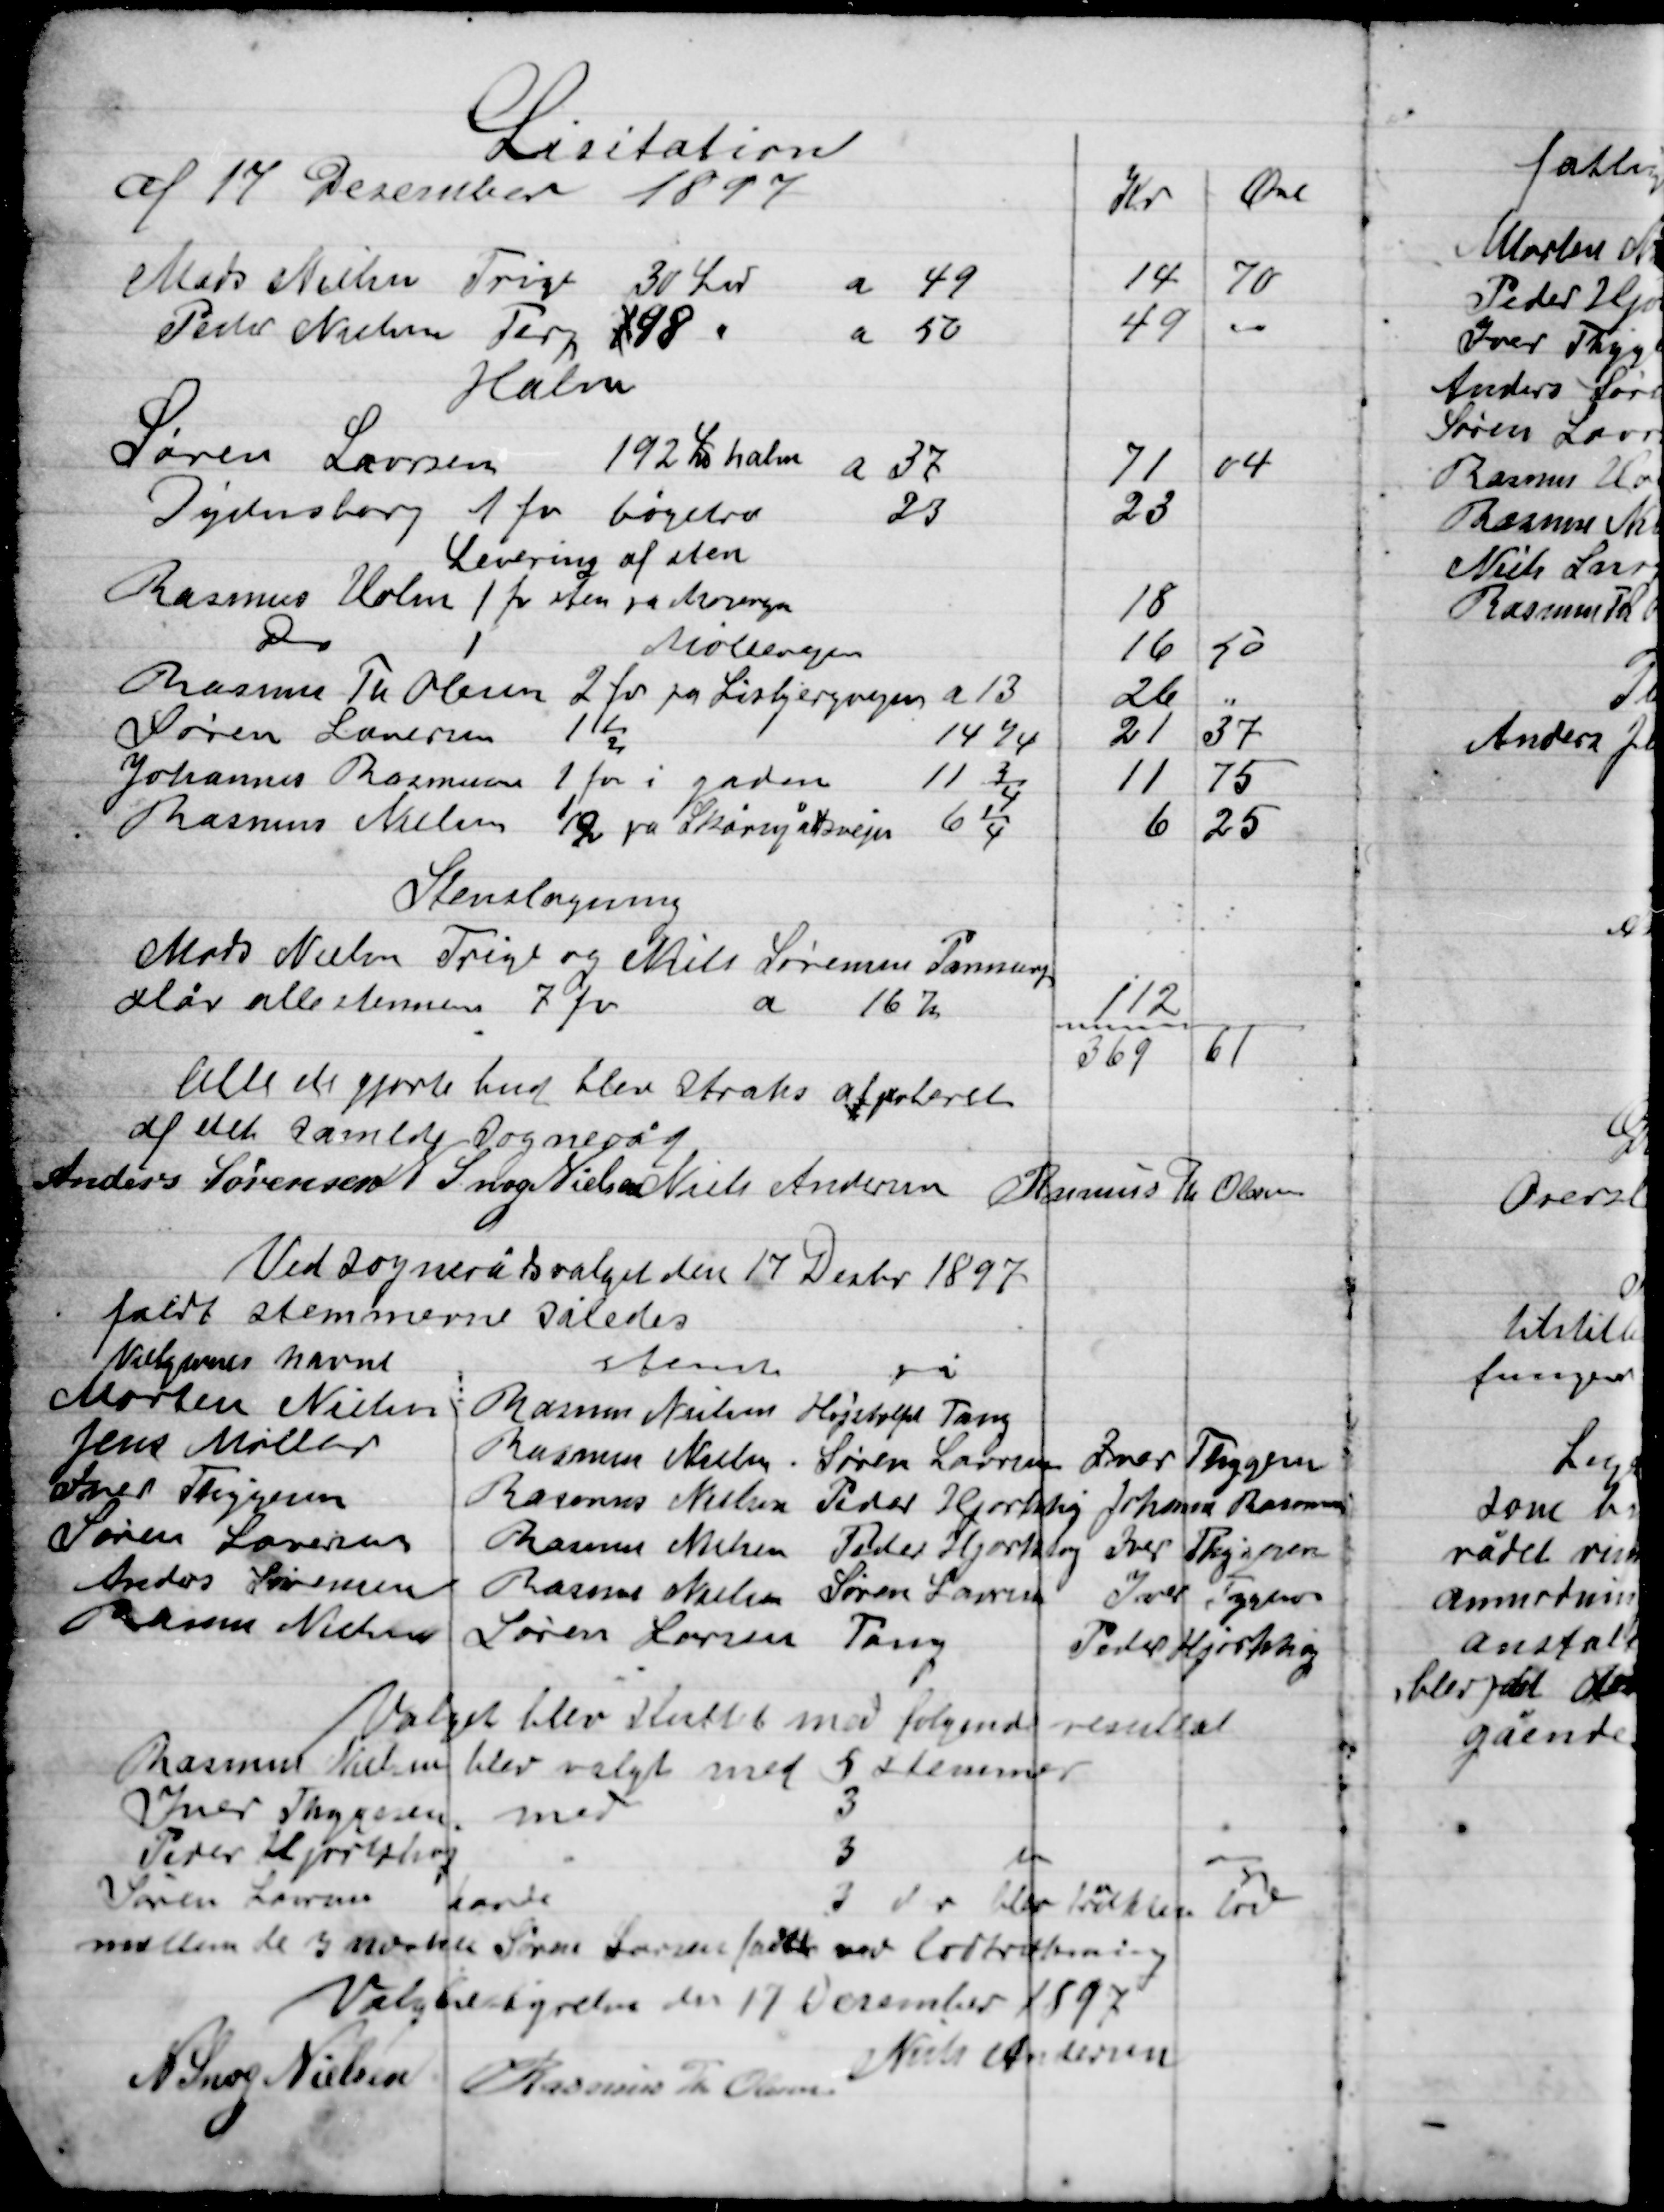
Transskription:
Alle de gjorte bud blev straks approberet 
af det samlede Sogneråd

Anders Sørensen
N. Snog Nielsen
Niels Andersen
Rasmus Th. Olsen

Ved Sognerådsvalget den 17 Decbr. 1897
faldt stemmerne således

Valget blev sluttet med følgende resultat
Rasmus Nielsen blev valgt med 5 stemmer
Ivar Thygesen med
3
"
Peder Hjortshøj
"
3
"
Søren Laursen havde
3  der blev trukket lod
Mellem de 3  Søren Laursen faldt ved lodtrækning

Valgbestyrelsen den 17 December 1897

Niels Andersen
N. Snog Nielsen
Rasmus Th. Olsen